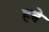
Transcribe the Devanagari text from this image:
हबे